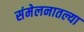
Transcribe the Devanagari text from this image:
संमेलनातल्या